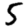
Digit: 5